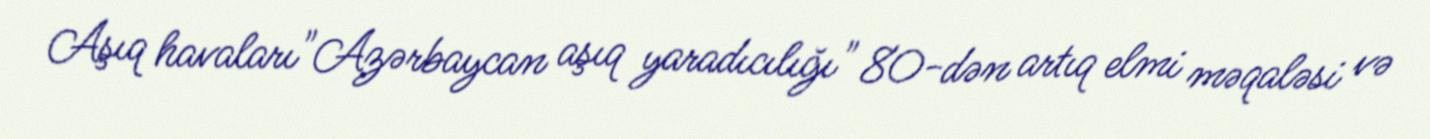
Aşıq havaları"Azərbaycan aşıq yaradıcılığı" 80-dən artıq elmi məqaləsi və